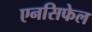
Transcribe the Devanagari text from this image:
एनसिफेल